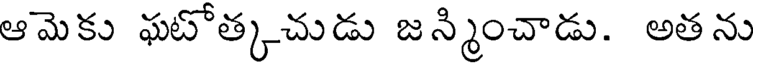
ఆమెకు ఘటోత్కచుడు జన్మించాడు. అతను